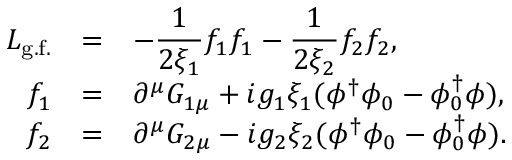
\begin{array} { r c l } { { { \cal L } _ { \mathrm { g . f . } } } } & { { = } } & { { \displaystyle - \frac { 1 } { 2 \xi _ { 1 } } f _ { 1 } f _ { 1 } - \frac { 1 } { 2 \xi _ { 2 } } f _ { 2 } f _ { 2 } , } } \\ { { f _ { 1 } } } & { { = } } & { { \partial ^ { \mu } G _ { 1 \mu } + i g _ { 1 } \xi _ { 1 } ( \phi ^ { \dagger } \phi _ { 0 } - \phi _ { 0 } ^ { \dagger } \phi ) , } } \\ { { f _ { 2 } } } & { { = } } & { { \partial ^ { \mu } G _ { 2 \mu } - i g _ { 2 } \xi _ { 2 } ( \phi ^ { \dagger } \phi _ { 0 } - \phi _ { 0 } ^ { \dagger } \phi ) . } } \end{array}